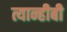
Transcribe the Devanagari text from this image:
त्यान्हीबी